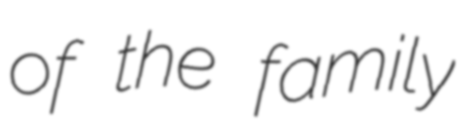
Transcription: of the family